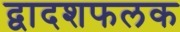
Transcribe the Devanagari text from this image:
द्वादशफलक